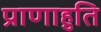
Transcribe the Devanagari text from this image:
प्राणाहुति